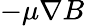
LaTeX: -\mu\nabla B